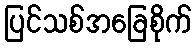
ပြင်သစ်အခြေစိုက်